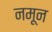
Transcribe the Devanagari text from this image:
नमून